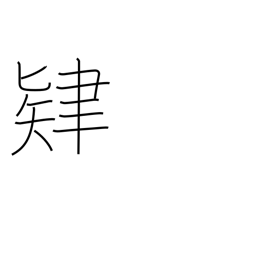
Meaning: effort